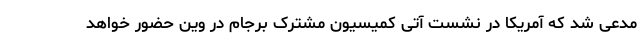
مدعی شد که آمریکا در نشست آتی کمیسیون مشترک برجام در وین حضور خواهد